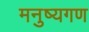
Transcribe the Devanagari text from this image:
मनुष्यगण